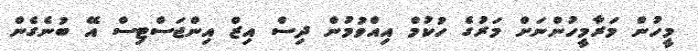
މީހުން މަރާމީހުންނަށް މަރުގެ ހުކުމް އިއްވުމުން ދިސް އިޒް އިންޖަސްޓިސް އޭ ބުނެގެން